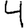
Digit: 4